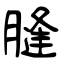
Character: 膖